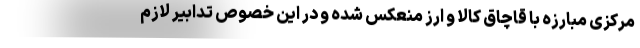
مرکزی مبارزه با قاچاق کالا و ارز منعکس شده و در این خصوص تدابیر لازم